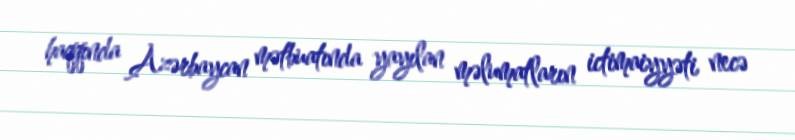
haqqında Azərbaycan mətbuatında yayılan məlumatların ictimaiyyəti necə